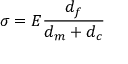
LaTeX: \sigma = E { \frac { d _ { f } } { d _ { m } + d _ { c } } }